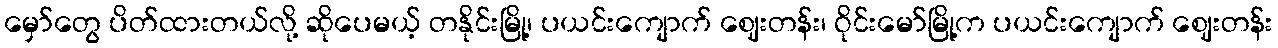
မှော်တွေ ပိတ်ထားတယ်လို့ ဆိုပေမယ့် တနိုင်းမြို့၊ ပယင်းကျောက် ဈေးတန်း၊ ဝိုင်းမော်မြို့က ပယင်းကျောက် ဈေးတန်း